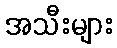
အသီးများ